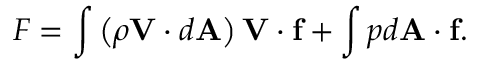
F = \int \left( \rho \mathbf { V } \cdot d \mathbf { A } \right) \mathbf { V } \cdot \mathbf { f } + \int p d \mathbf { A } \cdot \mathbf { f } .